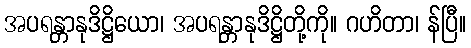
အပရန္တာနုဒိဋ္ဌိယော၊ အပရန္တာနုဒိဋ္ဌိတို့ကို။ ဂဟိတာ၊ န်ပြီ။